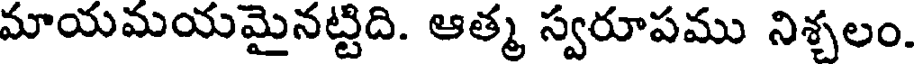
మాయమయమైనట్టిది. ఆత్మ స్వరూపము నిశ్చలం.